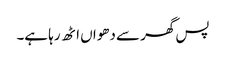
پس گھر سے دھواں اٹھ رہا ہے۔